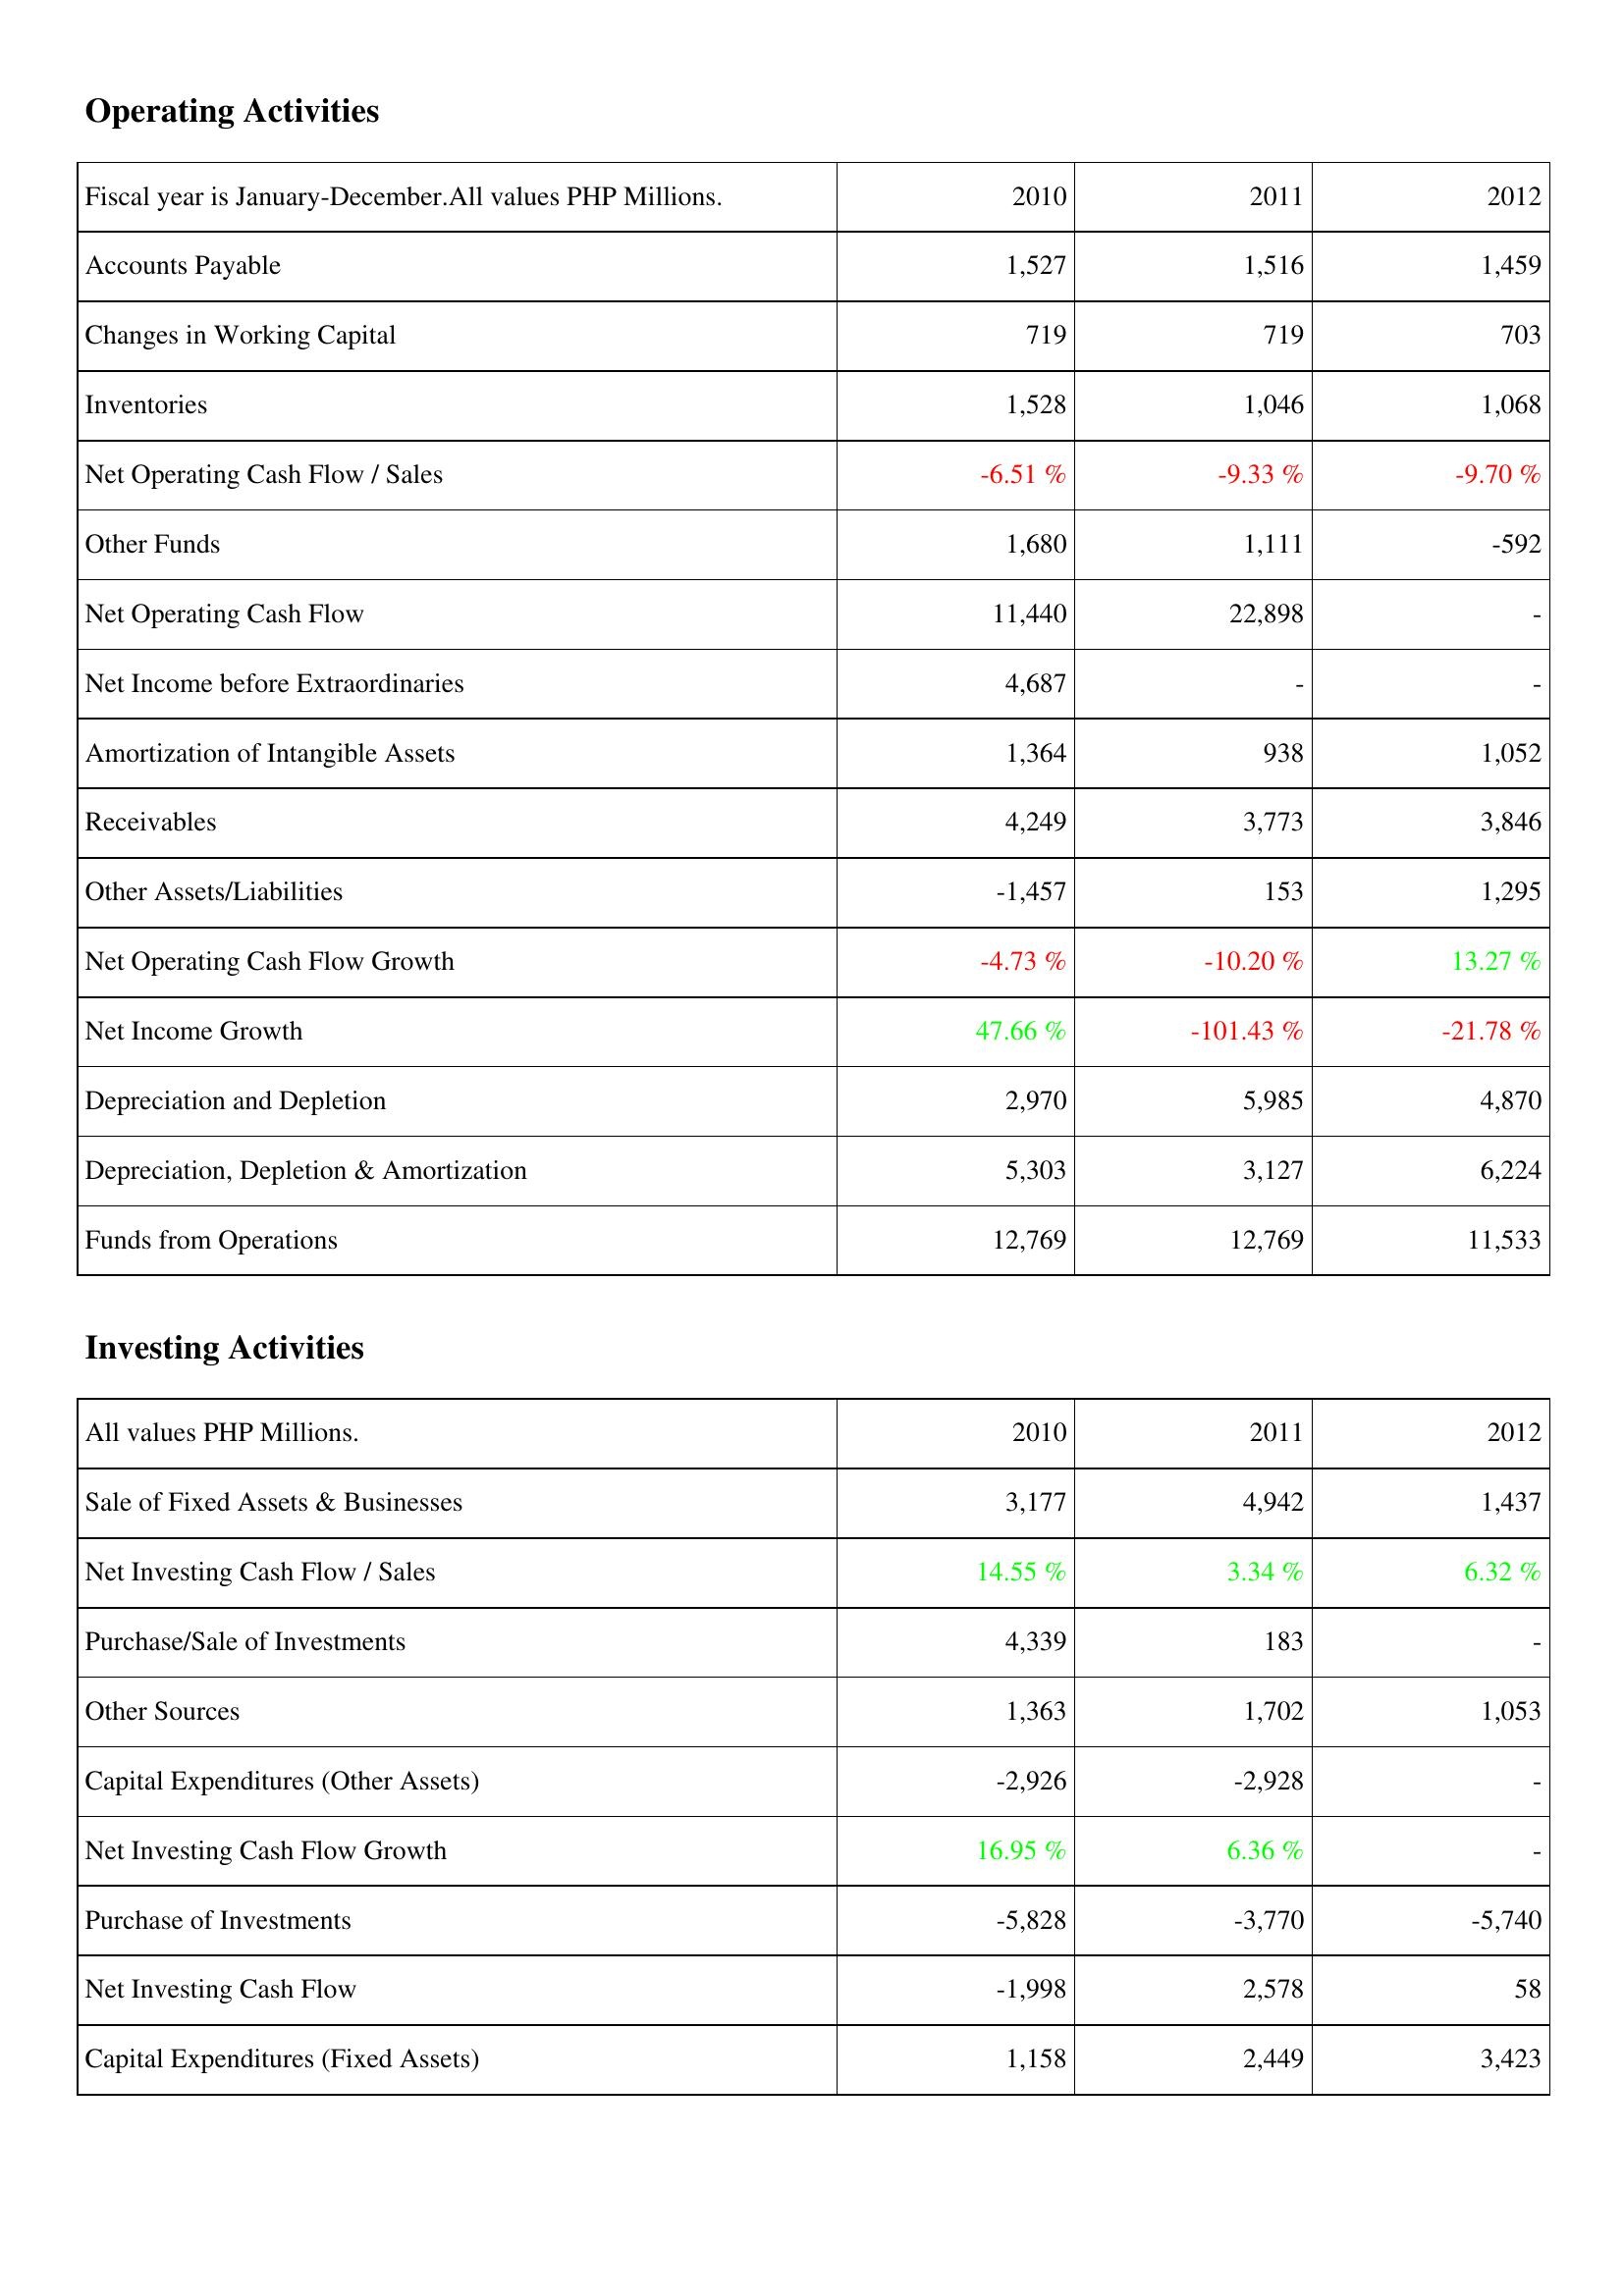
2010: Operating Activities: Accounts Payable: 1,527
Changes in Working Capital: 719
Inventories: 1,528
Net Operating Cash Flow / Sales: -6.51 %
Other Funds: 1,680
Net Operating Cash Flow: 11,440
Net Income before Extraordinaries: 4,687
Amortization of Intangible Assets: 1,364
Receivables: 4,249
Other Assets/Liabilities: -1,457
Net Operating Cash Flow Growth: -4.73 %
Net Income Growth: 47.66 %
Depreciation and Depletion: 2,970
Depreciation, Depletion & Amortization: 5,303
Funds from Operations: 12,769
Investing Activities: Sale of Fixed Assets & Businesses: 3,177
Net Investing Cash Flow / Sales: 14.55 %
Purchase/Sale of Investments: 4,339
Other Sources: 1,363
Capital Expenditures (Other Assets): -2,926
Net Investing Cash Flow Growth: 16.95 %
Purchase of Investments: -5,828
Net Investing Cash Flow: -1,998
Capital Expenditures (Fixed Assets): 1,158
2011: Operating Activities: Accounts Payable: 1,516
Changes in Working Capital: 719
Inventories: 1,046
Net Operating Cash Flow / Sales: -9.33 %
Other Funds: 1,111
Net Operating Cash Flow: 22,898
Net Income before Extraordinaries: -
Amortization of Intangible Assets: 938
Receivables: 3,773
Other Assets/Liabilities: 153
Net Operating Cash Flow Growth: -10.20 %
Net Income Growth: -101.43 %
Depreciation and Depletion: 5,985
Depreciation, Depletion & Amortization: 3,127
Funds from Operations: 12,769
Investing Activities: Sale of Fixed Assets & Businesses: 4,942
Net Investing Cash Flow / Sales: 3.34 %
Purchase/Sale of Investments: 183
Other Sources: 1,702
Capital Expenditures (Other Assets): -2,928
Net Investing Cash Flow Growth: 6.36 %
Purchase of Investments: -3,770
Net Investing Cash Flow: 2,578
Capital Expenditures (Fixed Assets): 2,449
2012: Operating Activities: Accounts Payable: 1,459
Changes in Working Capital: 703
Inventories: 1,068
Net Operating Cash Flow / Sales: -9.70 %
Other Funds: -592
Net Operating Cash Flow: -
Net Income before Extraordinaries: -
Amortization of Intangible Assets: 1,052
Receivables: 3,846
Other Assets/Liabilities: 1,295
Net Operating Cash Flow Growth: 13.27 %
Net Income Growth: -21.78 %
Depreciation and Depletion: 4,870
Depreciation, Depletion & Amortization: 6,224
Funds from Operations: 11,533
Investing Activities: Sale of Fixed Assets & Businesses: 1,437
Net Investing Cash Flow / Sales: 6.32 %
Purchase/Sale of Investments: -
Other Sources: 1,053
Capital Expenditures (Other Assets): -
Net Investing Cash Flow Growth: -
Purchase of Investments: -5,740
Net Investing Cash Flow: 58
Capital Expenditures (Fixed Assets): 3,423